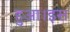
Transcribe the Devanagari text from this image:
हुआ।इस